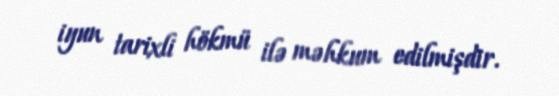
iyun tarixli hökmü ilə məhkum edilmişdir.